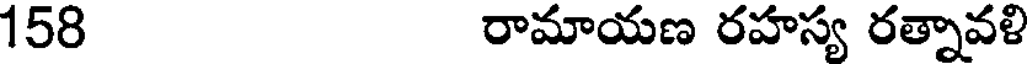
158 రామాయణ రహస్య రత్నావళి